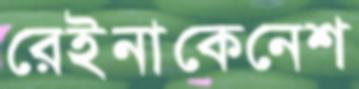
রেইনাকেনেশ